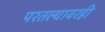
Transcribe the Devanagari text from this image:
परतल्यावरही